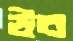
উব